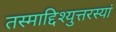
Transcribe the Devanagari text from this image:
तस्माद्दिश्युत्तरस्यां